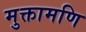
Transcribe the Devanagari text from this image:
मुक्तामणि